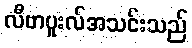
လီဗာပူးလ်အသင်းသည်